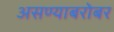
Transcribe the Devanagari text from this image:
असण्याबरोबर